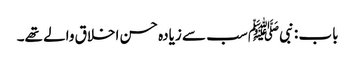
باب : نبیﷺ سب سے زیادہ حسن اخلاق والے تھے۔